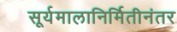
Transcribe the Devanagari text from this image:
सूर्यमालानिर्मितीनंतर